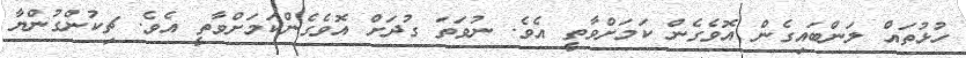
ހުޅުތައް ލަންބައިގެން އޮވެގެން ކަމަށްވާތީ އެވެ. ނުވަތަ ގުދަށް އޮވެގެންކަމަށްވާތީ އެވެ. ޗިކުންގުންޔާ